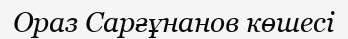
Ораз Сарғұнанов көшесі